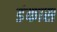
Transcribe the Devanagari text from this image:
डंकास